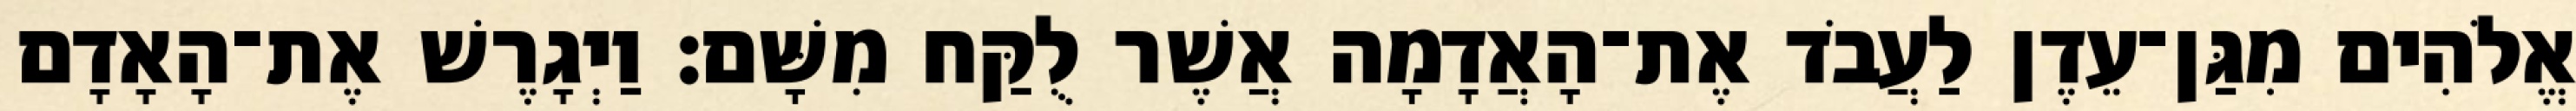
אֱלֹהִים מִגַּן־עֵדֶן לַעֲבֹד אֶת־הָאֲדָמָה אֲשֶׁר לֻקַּח מִשָּׁם׃ וַיְגָרֶשׁ אֶת־הָאָדָם